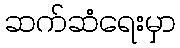
ဆက်ဆံရေးမှာ